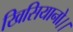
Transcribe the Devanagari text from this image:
खिसियानो।।